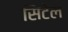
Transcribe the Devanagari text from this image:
सिटेल